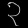
Digit: ၃